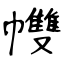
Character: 𢅻